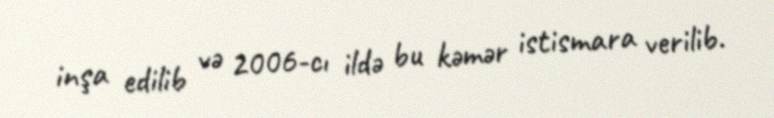
inşa edilib və 2006-cı ildə bu kəmər istismara verilib.